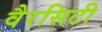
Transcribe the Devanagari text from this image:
वैरसिटी